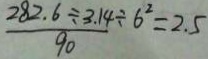
\frac { 2 8 2 . 6 \div 3 . 1 4 \div 6 ^ { 2 } } { 9 0 } = 2 . 5